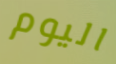
اليوم